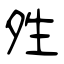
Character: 夝